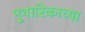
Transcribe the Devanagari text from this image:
मुथारिकाच्या